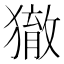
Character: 𤢉